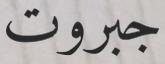
جبروت